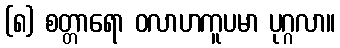
(၈) စတ္တာရော ဝလာဟကူပမာ ပုဂ္ဂလာ။